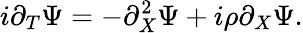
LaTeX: i\partial_{T}\Psi=-\partial_{X}^{2}\Psi+i\rho\partial_{X}\Psi.